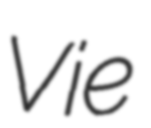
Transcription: Vie